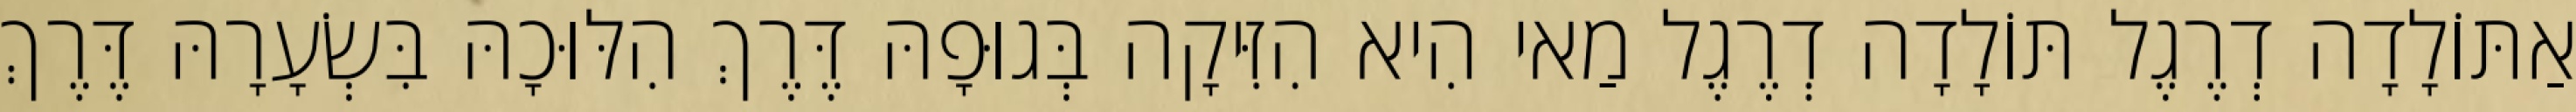
אַתּוֹלָדָה דְרֶגֶל תּוֹלָדָה דְרֶגֶל מַאי הִיא הִזִּיקָה בְּגוּפָהּ דֶּרֶךְ הִלּוּכָהּ בִּשְׂעָרָהּ דֶּרֶךְ